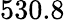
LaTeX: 530.8